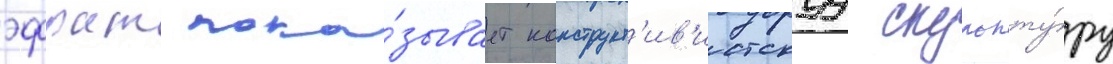
эфрат пока́зывает конструкт'ив'истскуу скульпту́ру